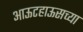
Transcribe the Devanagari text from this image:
आऊटहाऊसच्या